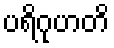
ပရိဂုဟတိ